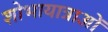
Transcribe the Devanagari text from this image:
शोभायात्राओं